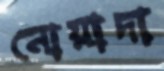
নোয়াদা